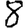
Digit: 8